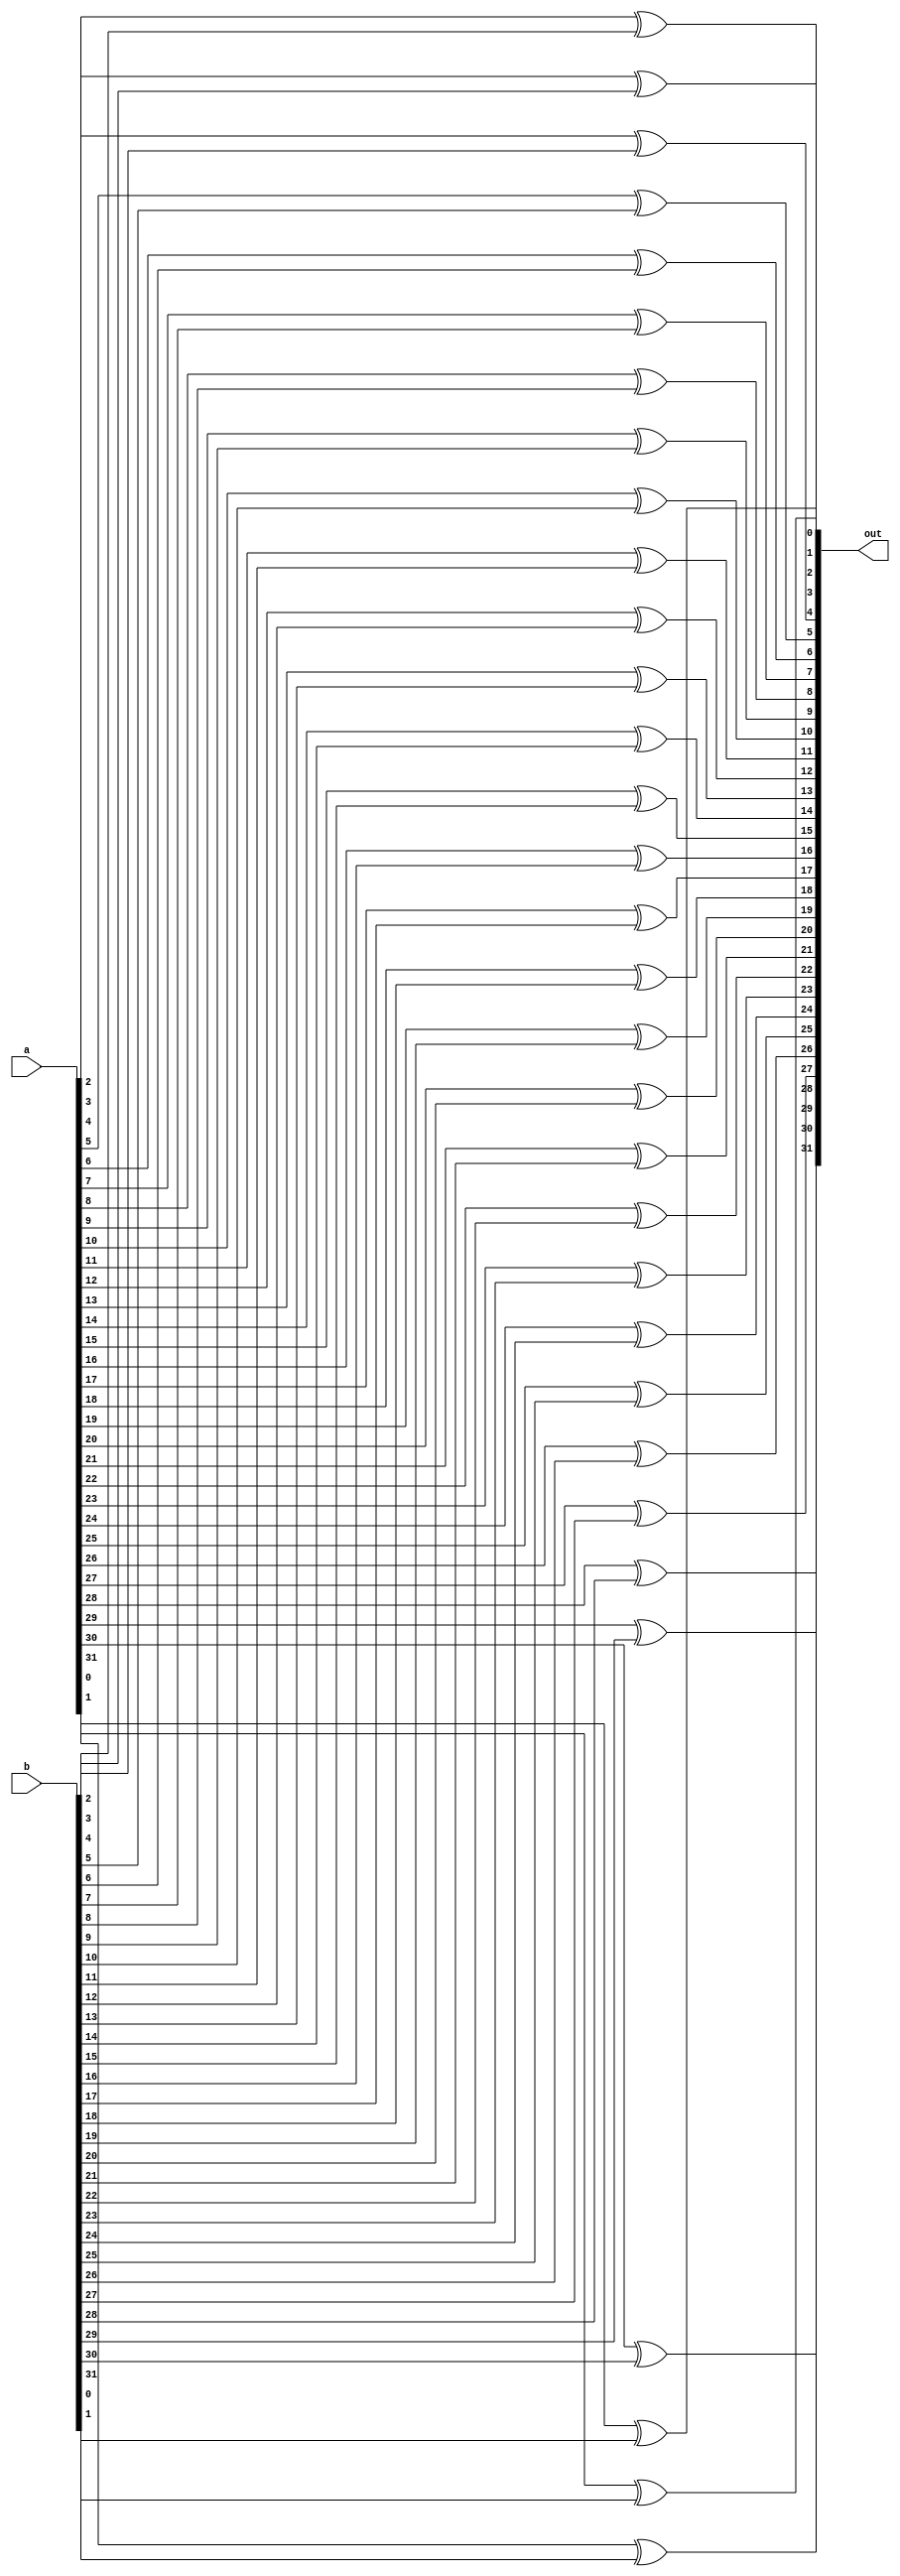
module xor_32(
	input [31:0] a, //input values
	input [31:0] b,
	output [31:0] out //output value
	);

	//output is the XOR of a and b
	assign out[0] 	=  a[0]  ^  b[0]; 
	assign out[1] 	=  a[1]  ^  b[1]; 
	assign out[2] 	=  a[2]  ^  b[2]; 
	assign out[3] 	=  a[3]  ^  b[3]; 
	assign out[4] 	=  a[4]  ^  b[4]; 
	assign out[5] 	=  a[5]  ^  b[5]; 
	assign out[6] 	=  a[6]  ^  b[6]; 
	assign out[7] 	=  a[7]  ^  b[7]; 
	assign out[8] 	=  a[8]  ^  b[8]; 
	assign out[9] 	=  a[9]  ^  b[9]; 
	assign out[10]	=  a[10] ^  b[10]; 
	assign out[11] 	=  a[11] ^  b[11]; 
	assign out[12] 	=  a[12] ^  b[12]; 
	assign out[13] 	=  a[13] ^  b[13]; 
	assign out[14] 	=  a[14] ^  b[14]; 
	assign out[15] 	=  a[15] ^  b[15]; 
	assign out[16] 	=  a[16] ^  b[16]; 
	assign out[17] 	=  a[17] ^  b[17]; 
	assign out[18] 	=  a[18] ^  b[18]; 
	assign out[19] 	=  a[19] ^  b[19]; 
	assign out[20] 	=  a[20] ^  b[20]; 
	assign out[21] 	=  a[21] ^  b[21]; 
	assign out[22] 	=  a[22] ^  b[22]; 
	assign out[23] 	=  a[23] ^  b[23];
	assign out[24] 	=  a[24] ^  b[24]; 
	assign out[25]	=  a[25] ^  b[25]; 
	assign out[26] 	=  a[26] ^  b[26]; 
	assign out[27] 	=  a[27] ^  b[27]; 
	assign out[28] 	=  a[28] ^  b[28]; 
	assign out[29] 	=  a[29] ^  b[29]; 
	assign out[30] 	=  a[30] ^  b[30];
	assign out[31] 	=  a[31] ^  b[31];
endmodule